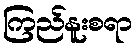
ကြည်နူးစရာ